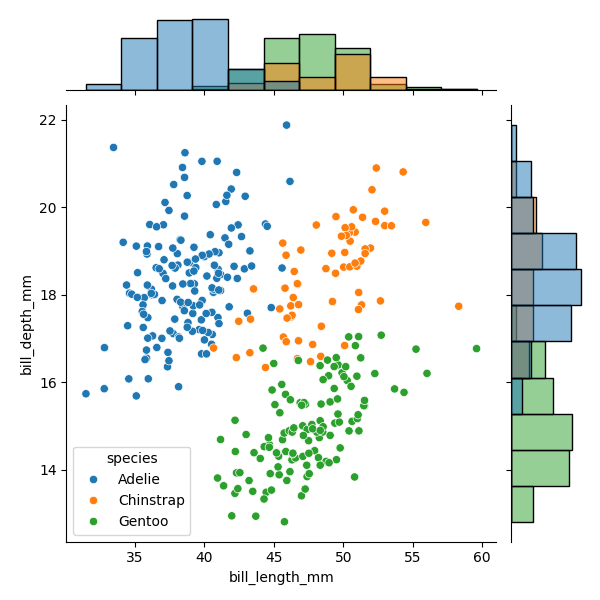
python, seaborn, JointGrid, scatterplot, histplot, hue